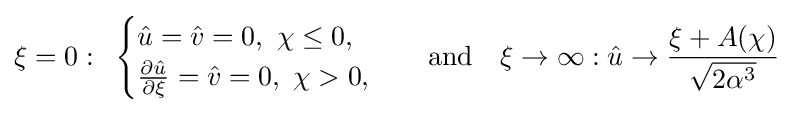
\xi =0:\,\,\,{\begin{cases}{\hat {u}}={\hat {v}}=0,\,\,\chi \leq 0,\\{\frac {\partial {\hat {u}}}{\partial \xi }}={\hat {v}}=0,\,\,\chi >0,\end{cases}}\quad {\text{and}}\quad \xi \to \infty :{\hat {u}}\to {\frac {\xi +A(\chi )}{\sqrt {2\alpha ^{3}}}}